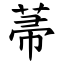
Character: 菷